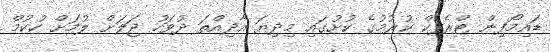
ޑައިމޯފިން ޓްރެފިކް ކުރުމުގެ ކުށުގައި މިދިޔަ އާދިއްތަ ދުވަހު ޖަލަށް ލުމަށް ހުކުމް